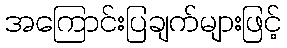
အကြောင်းပြချက်များဖြင့်